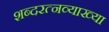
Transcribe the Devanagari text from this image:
शब्दरत्नव्याख्या